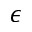
\epsilon